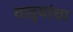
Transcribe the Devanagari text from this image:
वाड्यांचा